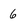
Character: 6